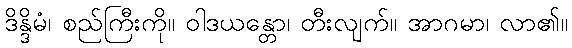
ဒိန္ဒိမံ၊ စည်ကြီးကို။ ဝါဒယန္တော၊ တီးလျက်။ အာဂမာ၊ လာ၏။